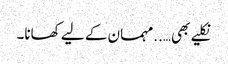
نکلیے بھی…..مہمان کے لیے کھانا۔